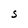
Character: t